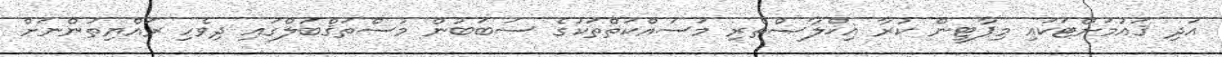
އަދި ޤައުމަށްޓަކައި މިޕާޓީން ކުރާ އިޚްލާޞްތެރި މަސައްކަތްތަކުގެ ސަބަބުން މުސްތަޤްބަލްގައި ދިވެހި ރައްޔިތުންނަށް